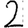
Digit: 2